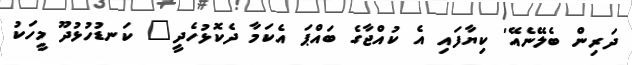
ދަރިން ބެލޭނެއޭ' ކިޔާފައި އެ ކުއްޖާގެ ބައްޕަ އެކަމާ ދެކޮޅުހެދީ" ކަނޑުހުޅުދޫ މީހަކު